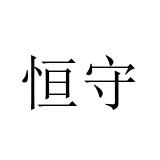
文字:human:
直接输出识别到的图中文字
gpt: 恒守